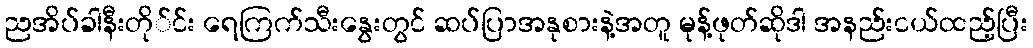
ညအိပ်ခါနီးတို်င်း ရေကြက်သီးနွေးတွင် ဆပ်ပြာအနုစားနဲ့အတူ မုန့်ဖုတ်ဆိုဒါ အနည်းငယ်ထည့်ပြီး